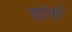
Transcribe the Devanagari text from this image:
शांको